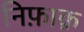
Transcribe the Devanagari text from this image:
निफ़ाक़